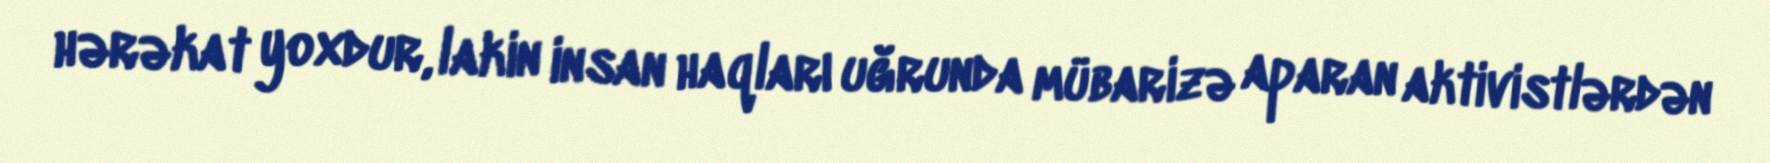
hərəkat yoxdur, lakin insan haqları uğrunda mübarizə aparan aktivistlərdən